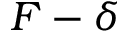
F - \delta